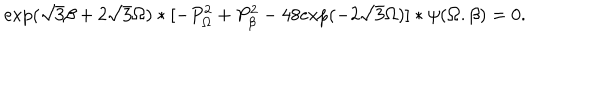
\mathrm { e x p } ( \sqrt { 3 } \beta + 2 \sqrt { 3 } \Omega ) * [ - P _ { \Omega } ^ { 2 } + P _ { \beta } ^ { 2 } - 4 8 \mathrm { e x p } ( - 2 \sqrt { 3 } \Omega ) ] * \psi ( \Omega . \beta ) = 0 .